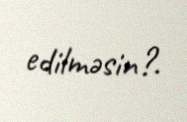
edilməsin?.